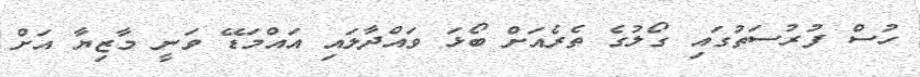
ހުސް ފުރުސަތުގައި ގޯލުގެ ތެރެއަށް ބޯޅަ ވައްދާލައި އައްމަޑޭ ވަނީ މާޒިޔާ އަށް